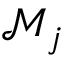
\mathcal { M } _ { j }